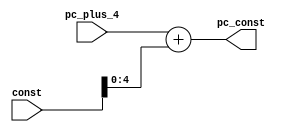
`timescale 1ns / 1ps
//////////////////////////////////////////////////////////////////////////////////
// Company: 
// Engineer: 
// 
// Design Name: 
// Module Name: pc_offset_adder
// Project Name: 
// Target Devices: 
// Tool Versions: 
// Description: 
// 
// Dependencies: 
// 
// Revision:
// Revision 0.01 - File Created
// Additional Comments:
// 
//////////////////////////////////////////////////////////////////////////////////

module pc_offset_adder(pc_const,pc_plus_4,const);
output reg [4:0] pc_const;
input [4:0] pc_plus_4;
input [15:0] const;
always @ (pc_plus_4,const)
pc_const <= pc_plus_4 + const[4:0];  // we dont need to multiply constant by 4 kyuki apna bit aur byte waala locha nahi hai
endmodule